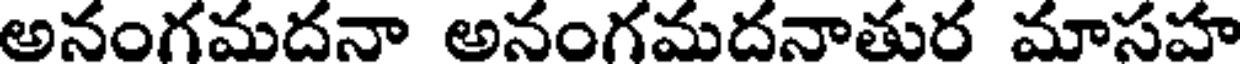
అనంగమదనా అనంగమదనాతుర మాసహ